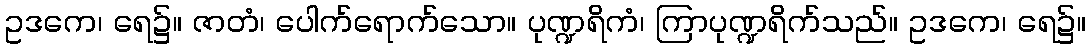
ဥဒကေ၊ ရေ၌။ ဇာတံ၊ ပေါက်ရောက်သော။ ပုဏ္ဍရိကံ၊ ကြာပုဏ္ဍရိက်သည်။ ဥဒကေ၊ ရေ၌။